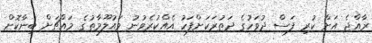
ރާއްޖެ އަށް ކުރި ފަސް ދުވަހުގެ ދަތުރަކަށްފަހު އެއްކުރެވުނު މައުލޫމާތުގެ މައްޗަށް ބިނާކޮށް